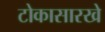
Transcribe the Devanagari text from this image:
टोकासारखे